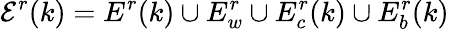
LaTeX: \mathcal E^{r}(k)=E^{r}(k)\cup E_{w}^{r}\cup E_{c}^{r}(k)\cup E_{b}^{r}(k)